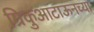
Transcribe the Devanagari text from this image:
ग्रिकुआटाऊनच्या